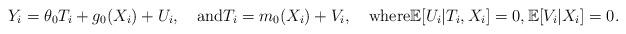
LaTeX: \begin{align*}Y_i = \theta_0T_i + g_0(X_i) + U_i, \quad\mbox{and}T_i = m_0(X_i) + V_i,\quad\mbox{where}\mathbb{E}[U_i|T_i, X_i] = 0, \mathbb{E}[V_i|X_i] = 0.\end{align*}